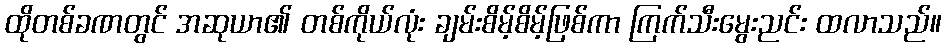
ထိုတစ်ခဏတွင် အဆုယာ၏ တစ်ကိုယ်လုံး ချမ်းစိမ့်စိမ့်ဖြစ်ကာ ကြက်သီးမွေးညင်း ထလာသည်။